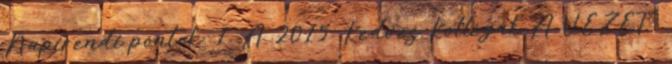
Napirendi pontok: 1. A 2015. Kedves Kollégák A VEZETŐ